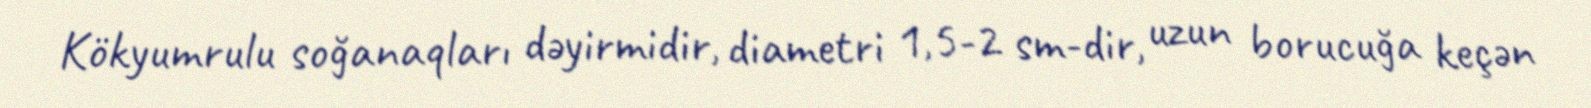
Kökyumrulu soğanaqları dəyirmidir, diametri 1,5-2 sm-dir, uzun borucuğa keçən